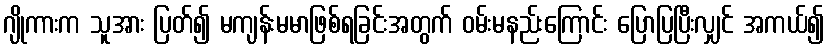
ဂျိုကားက သူအား ပြတ်၍ မကျန်းမမာဖြစ်ရခြင်းအတွက် ဝမ်းမနည်းကြောင်း ပြောပြပြီးလျှင် အကယ်၍